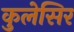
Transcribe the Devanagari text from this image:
कुलेसिर